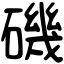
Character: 磯